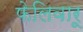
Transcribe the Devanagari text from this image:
फेलिवारू